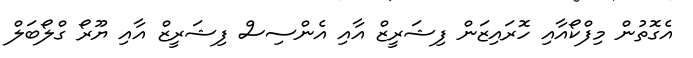
އެގޮތުން މިފްކޯއާއި ހޮރައިޒަން ފިޝަރީޒް އާއި އެންސިސް ފިޝަރީޒް އާއި ޔޫރޯ ގްލޯބަލް